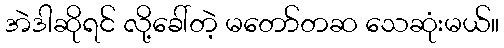
အဲဒါဆိုရင် လို့ခေါ်တဲ့ မတော်တဆ သေဆုံးမယ်။